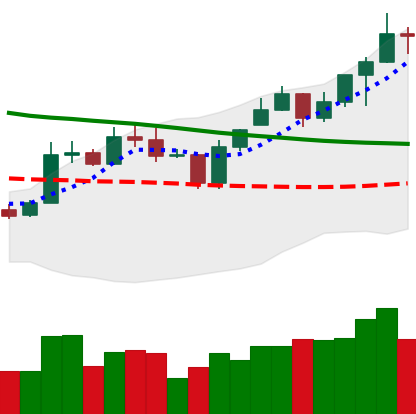
Ticker: ETC-USD
Chart end date: 2020-01-12
Forward return: 71.09%
Label: up_7plus